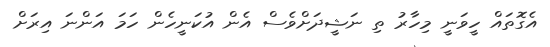
އެގޮތައް ހީވަނީ މިހާރު ތި ނަޝީދަށްވެސް އެން އުކަނީހެން ހަމަ އަންނަ އިރަށް